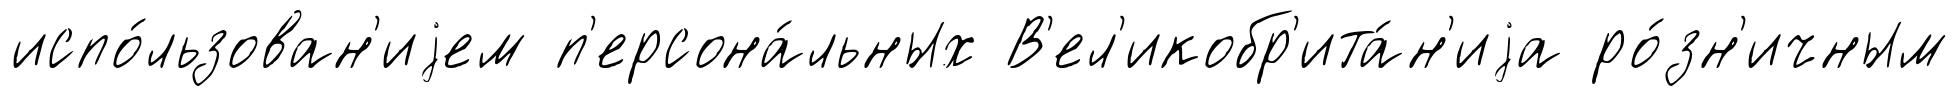
испо́льзован'иjем п'ерсона́льных В'ел'икобр'ита́н'иjа ро́зн'ичным